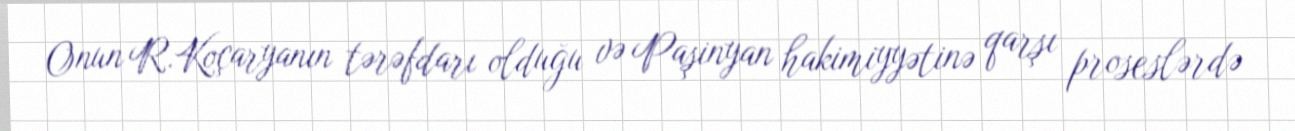
Onun R.Koçaryanın tərəfdarı olduğu və Paşinyan hakimiyyətinə qarşı proseslərdə